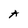
Character: A